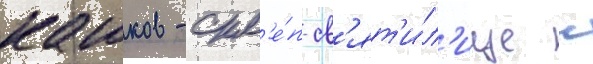
кашков - скл'е́п-св'ят'и́л'ище с